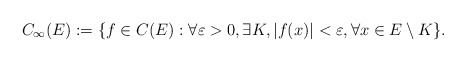
\begin{align*}C_\infty(E):=\{f\in C(E): \forall \varepsilon>0, \exists K, |f(x)|<\varepsilon, \forall x\in E\setminus K\}. \end{align*}